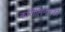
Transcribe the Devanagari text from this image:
कारोलिनास्का